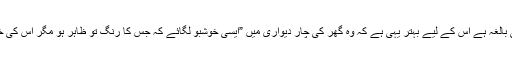
جواب : جو لڑکی بالغہ ہے اس کے لیے بہتر یہی ہے کہ وہ گھر کی چار دیواری میں ”ایسی خوشبو لگائے کہ جس کا رنگ تو ظاہر ہو مگر اس کى خوشبو نہ پھىلے ۔